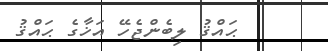
ޙައްޤު ލިބެންޖެހޭ އަޚާގެ ޙައްޤު